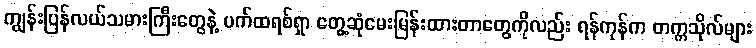
ကျွန်းပြန်လယ်သမားကြီးတွေနဲ့ ပက်ထရစ်ရှာ တွေ့ဆုံမေးမြန်းထားတာတွေကိုလည်း ရန်ကုန်က တက္ကသိုလ်များ